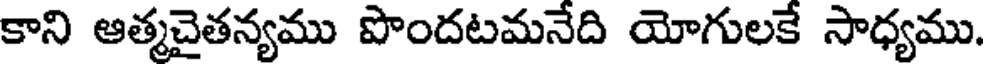
కాని ఆత్మచైతన్యము పొందటమనేది యోగులకే సాధ్యము.